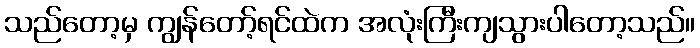
သည်တော့မှ ကျွန်တော့်ရင်ထဲက အလုံးကြီးကျသွားပါတော့သည်။